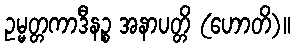
ဥမ္မတ္တကာဒီနဉ္စ အနာပတ္တိ (ဟောတိ)။